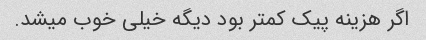
اگر هزینه پیک کمتر بود دیگه خیلی خوب میشد.